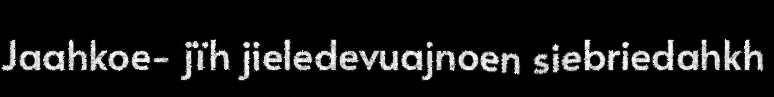
Jaahkoe- jïh jieledevuajnoen siebriedahkh